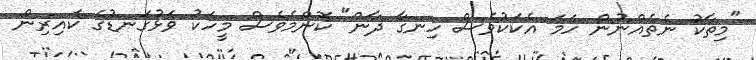
"މިތާކު ނެތެއްނުން ހަމަ އެކަކުވެސް ހިނގާ ދާން" ކޮންމެވެސް މީހަކު ވަޅުގަނޑުގެ ކައިރިން